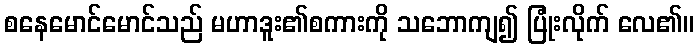
စနေမောင်မောင်သည် မဟာဒူး၏စကားကို သဘောကျ၍ ပြုံးလိုက် လေ၏။